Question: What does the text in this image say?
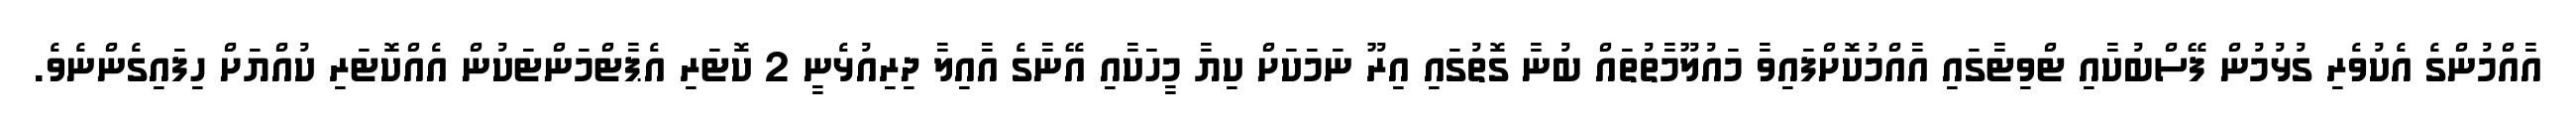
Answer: އާއްމުންގެ އެކުވެރި ގުޅުމުން ފޭސްބުކާއި ޓްވިޓާގައި އާއްމުކޮށްފައިވާ މައުލޫމާތުތައް ބުނާ ގޮތުގައި އިރޫ ނަމަކަށް ކިޔާ މީހަކާއި އޭނާގެ އާއިލާ ދިރިއުޅެނީ 2 ކޮޓަރި އެޕާޓްމަންޓަކުން އެއްކޮޓަރި ކުއްޔަށް ހިފައިގެންނެވެ.